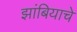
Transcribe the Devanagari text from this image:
झांबियाचे